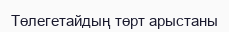
Төлегетайдың төрт арыстаны